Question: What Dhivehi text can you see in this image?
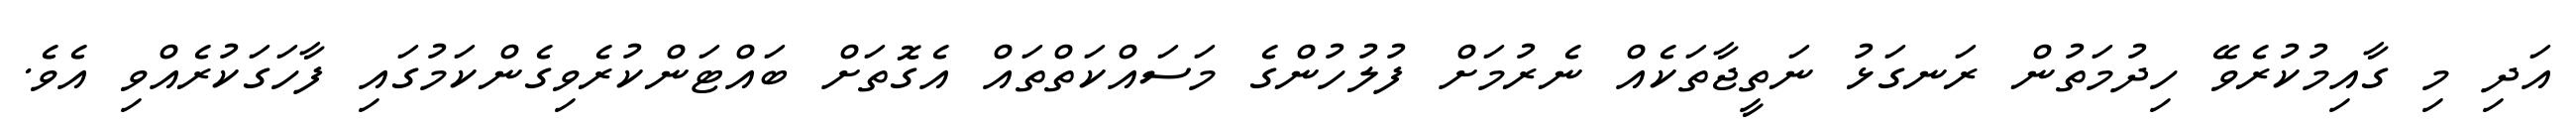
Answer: އަދި މި ގާއިމުކުރެވޭ ހިދުމަތުން ރަނގަޅު ނަތީޖާތަކެއް ނެރުމަށް ފުލުހުންގެ މަސައްކަތްތައް އެގޮތަށް ބައްޓަންކުރެވިގެންކަމުގައި ފާހަގަކުރެއްވި އެވެ.